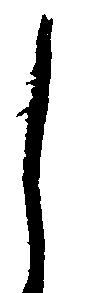
し